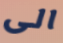
الى